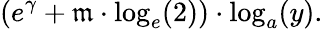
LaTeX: (e^{\gamma}+\mathfrak{m}\cdot\log_{e}(2))\cdot\log_{a}(y).